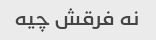
نه فرقش چیه